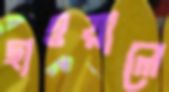
ছাওয়ালে